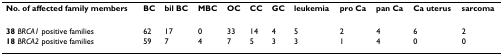
<table><thead><tr><td><b>No. of affected family members</b></td><td><b>BC</b></td><td><b>bil BC</b></td><td><b>MBC</b></td><td><b>OC</b></td><td><b>CC</b></td><td><b>GC</b></td><td><b>leukemia</b></td><td><b>pro Ca</b></td><td><b>pan Ca</b></td><td><b>Ca uterus</b></td><td><b>sarcoma</b></td></tr></thead><tbody><tr><td><b>38 </b><i>BRCA1 </i>positive families</td><td>62</td><td>17</td><td>0</td><td>33</td><td>14</td><td>4</td><td>5</td><td>2</td><td>4</td><td>6</td><td>2</td></tr><tr><td><b>18 </b><i>BRCA2 </i>positive families</td><td>59</td><td>7</td><td>4</td><td>7</td><td>5</td><td>3</td><td>3</td><td>1</td><td>4</td><td>0</td><td>0</td></tr></tbody></table>